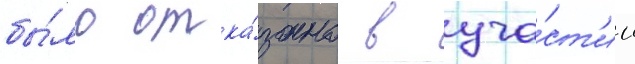
бы́ло отка́зано в уча́ст'ии